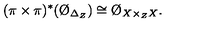
( \pi \times \pi ) ^ { * } ( \O _ { \Delta _ { Z } } ) \cong \O _ { X \times _ { Z } X } .